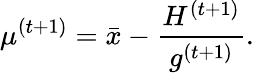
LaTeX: \mu^{(t+1)}=\bar{x}-\frac{H^{(t+1)}}{g^{(t+1)}}.